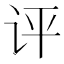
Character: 评